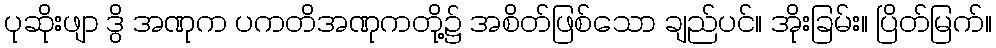
ပုဆိုးဖျာ ဒွိ အဏုက ပကတိအဏုကတို့၌ အစိတ်ဖြစ်သော ချည်ပင်။ အိုးခြမ်း။ ပြိတ်မြက်။